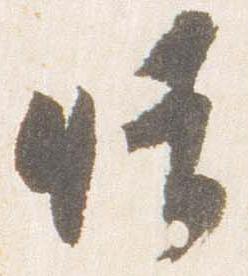
晴